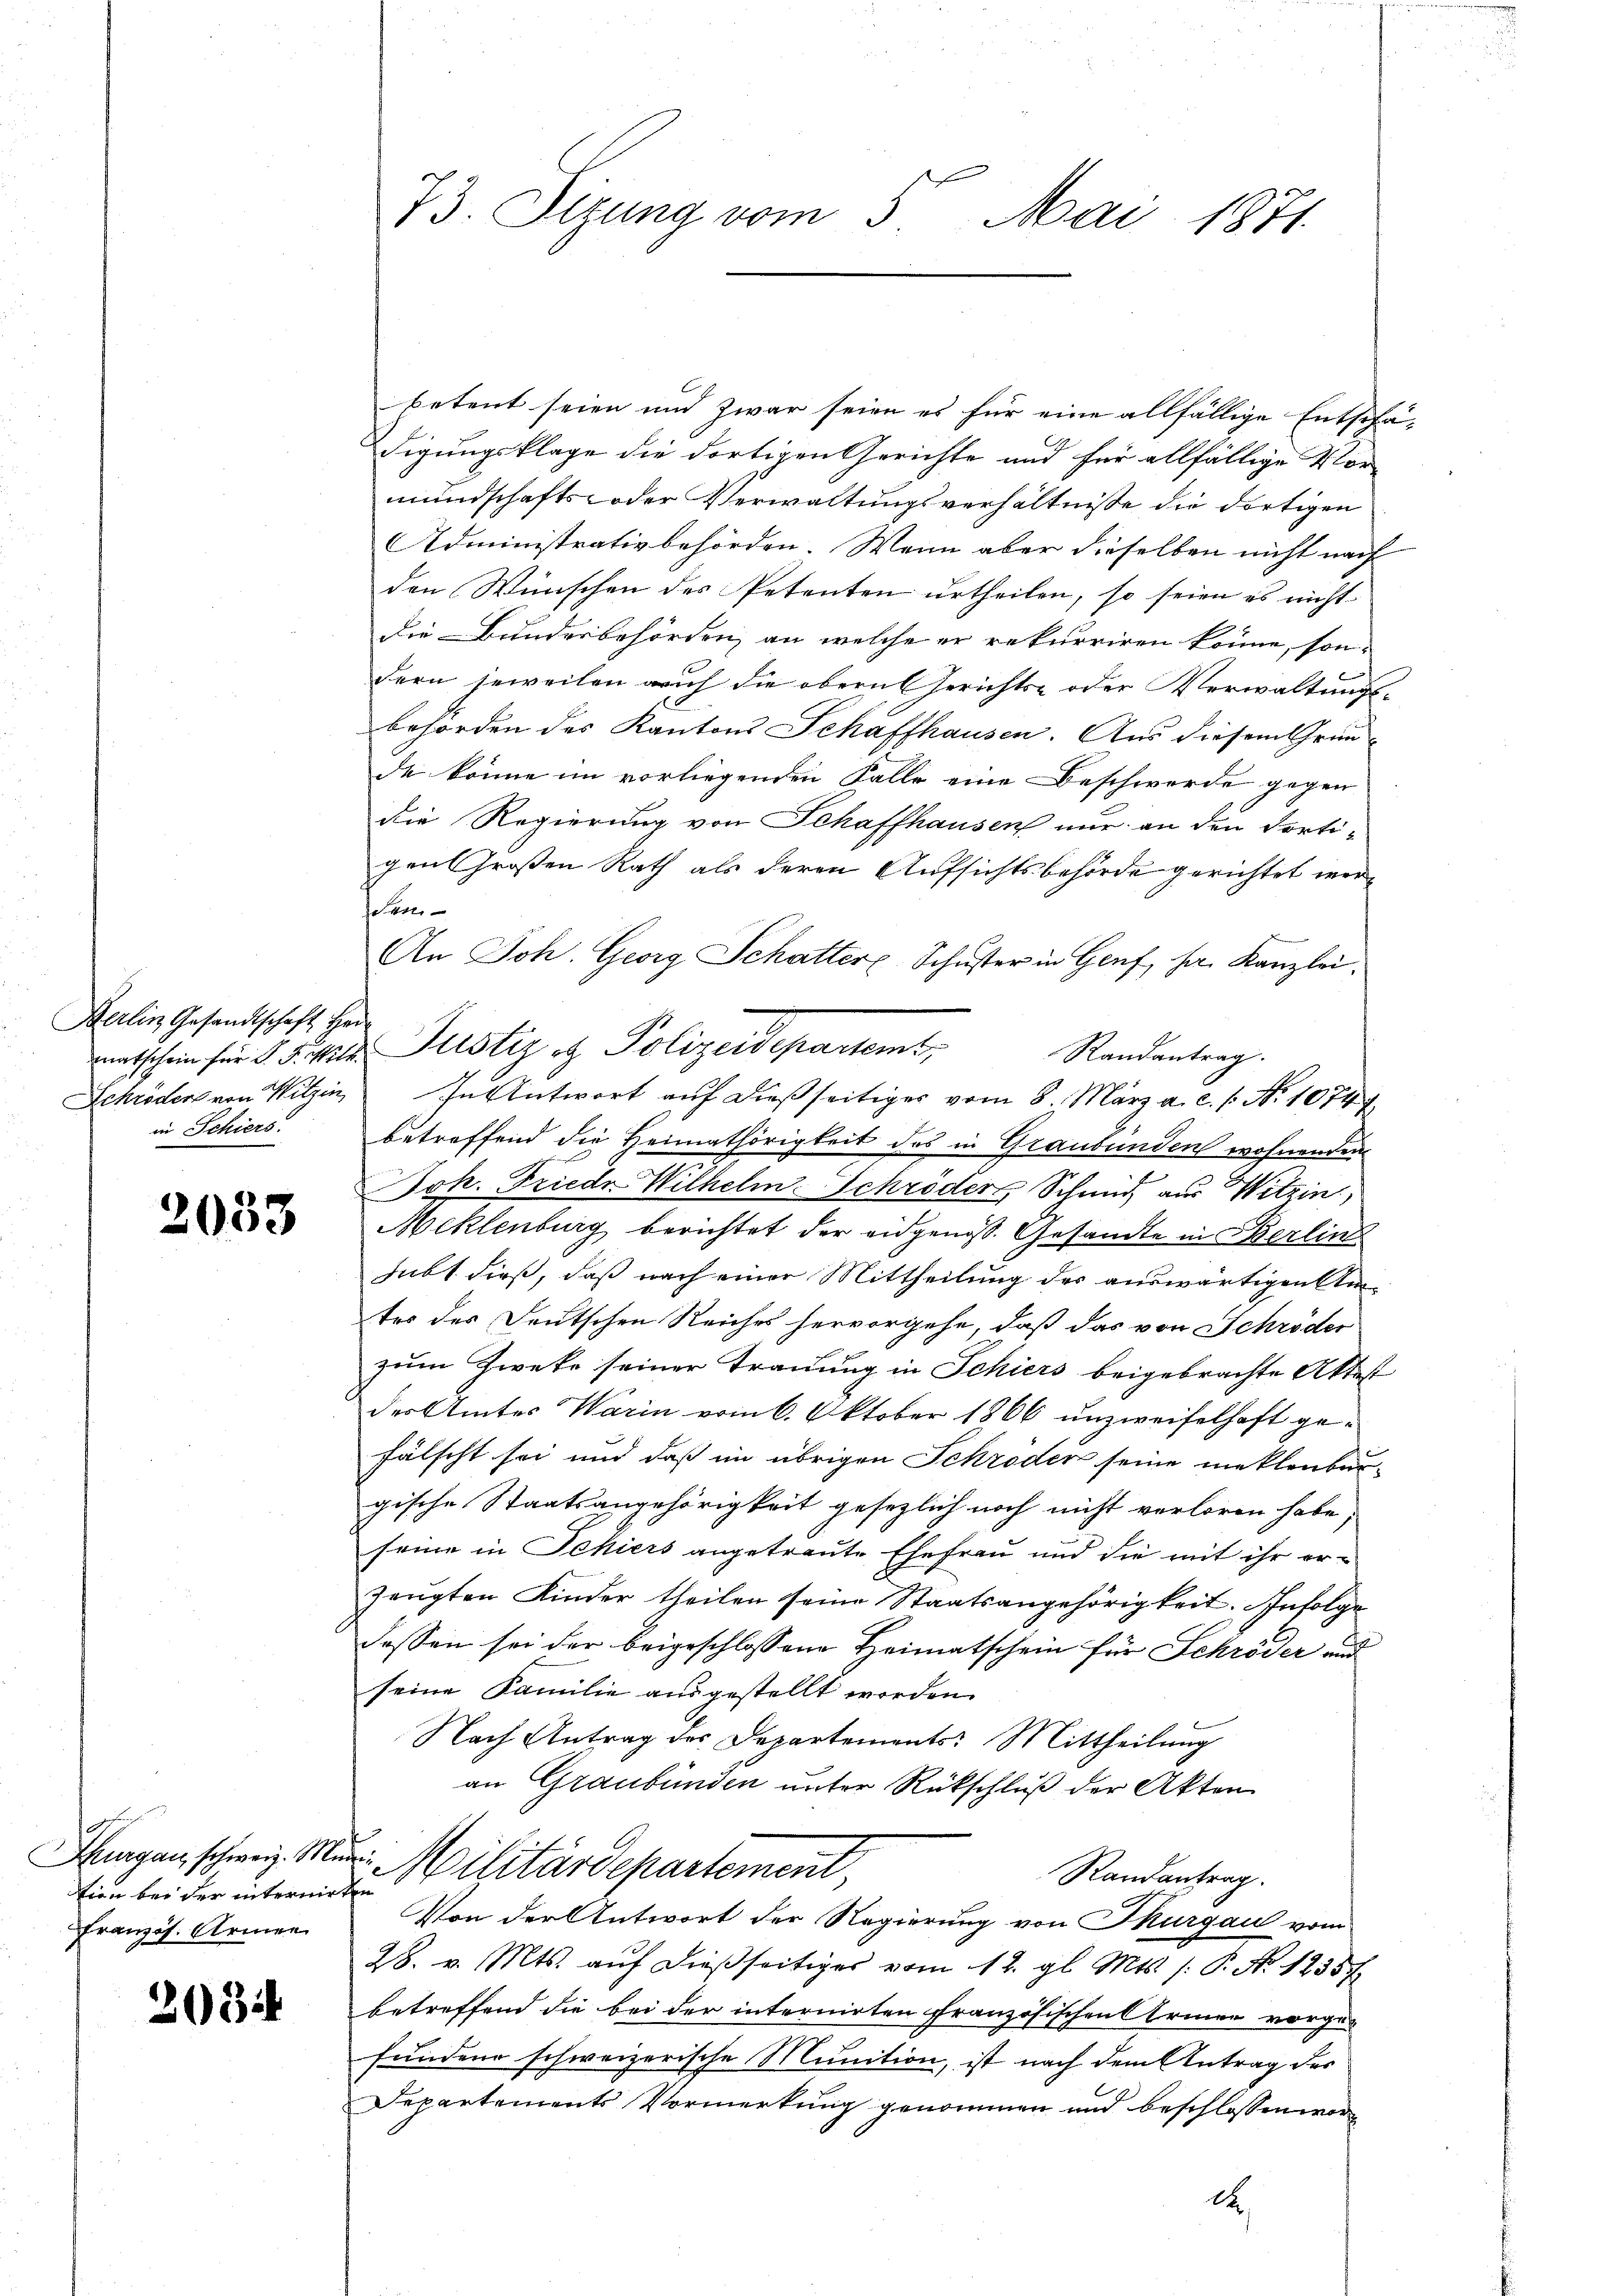
Berlin Gesandtschaft Her¬
Schröders von Witzin
in Schiers.

2033

Thurgau, schweiz. Muri
tion bei der internirten
Französ. Armen

2034

73. Sizung vom 5. Mai 1871.

betent seien und zwar seien es für eine allfällige Entschädigungsklage die dortigen Gerichte und für allfällige Vor-
mundschafts-oder Verwaltungsverhältnisse die dortigen
Administrativbehörden. Wenn aber dieselben nicht nach
den Wünschen des Petenten urtheilen, so seien es nicht
die Bundesbehörden, an welche er rekurriren könne, sondern jeweilen auf die obern Gerichts- oder Verwaltungs-
behörden des Kantons Schaffhausen. Aus diesem Grün-
de könne im vorliegenden Falle eine Beschwerde gegen
die Regierung von Schaffhausen nur an den Portigen Großen Rath als deren Aufsichtsbehörde gerichtet werke
An Joh. Georg Schatter Schuster in Genf, sa. Kanzlei.
Randantrag.
In Antwort auf dießseitiger vom 8. März a. c. s. No 1074
betreffend die Heimathörigkeit des in Graubünden wohnenden
Joh. Friede Wilhelm Schröder Schmid, aus Witzin
Meklenburg berichtet der eidgenoß. Gesandte in Berlin
subt dieß, daß nach einer Mittheilung des auswärtigen An-
tes des Deutschen Reiches hervorgehe, daß das von Schröder
zum Zweke seiner Trauung in Schiers beigebrachte Attest
des Amtes Warin vom 6. Oktober 1866 unzweifelhaft gefälscht sei und daß im übrigen Schröder seine meklenburgische Staatsangehörigkeit gesezlich noch nicht verloren habe,
seine in Schiers angetraute Ehefrau und die mit ihr er-
zeugten Kinder theilen seine Staatsangehörigkeit. Infolge
dessen sei der beigeschlossene Heimatschein für Schröder und
seine Familie ausgestellt worden.
Nach Antrag des Departements: Mittheilung
an Graubünden unter Rückschluß der Akten
Militärdepartement,
Randantrag.
Von der Antwort der Regierung von Thurgau vom
28. v. Mts. auf dießseitiges vom 12. gl. Mts. (: P. Nr. 12357
betreffend die bei der internirten Französischen Armen vorge-
fundene schweizerische Munition, ist nach dem Antrag des
Departements Vormerkung genommen und beschlossen wor¬
A

matschein für 8. d. Mt. Justiz & Polizeidepartem